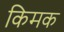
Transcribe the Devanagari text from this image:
किमक